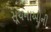
સૂચનાઓની